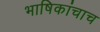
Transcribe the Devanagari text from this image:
भाषिकांचाच